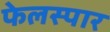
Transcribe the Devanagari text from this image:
फेलस्पार